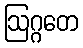
ဩဂ္ဂတေ